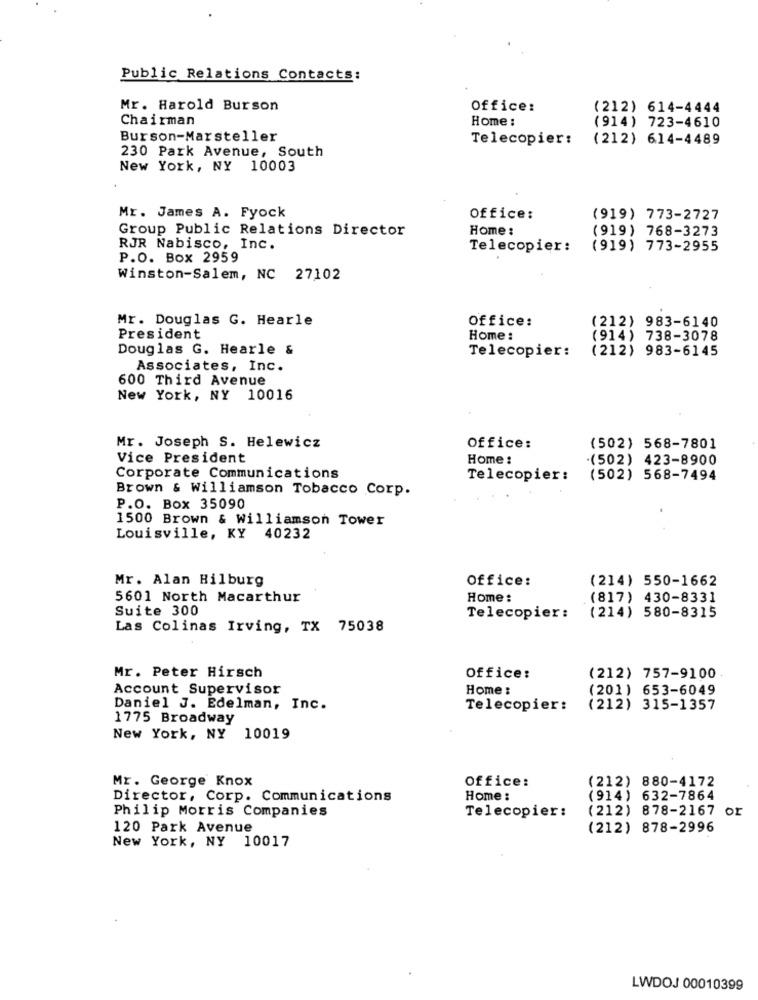
Public Relations Contacts:
Mr. Harold Burson
Office:
(212) 614-4444
Chairman
Home :
(914) 723-4610
Burson-Marsteller
Telecopier:
(212) 614-4489
230 Park Avenue, South
New York, NY 10003
Mr. James A. Fyock
Office:
(919) 773-2727
Group Public Relations Director
Home :
(919) 768-3273
RJR Nabisco, Inc.
Telecopier:
(919) 773-2955
P.O. Box 2959
Winston-Salem, NC 27102
Mr. Douglas G. Hearle
Office:
(212) 983-6140
President
Home :
(914) 738-3078
Douglas G. Hearle &
Telecopier:
(212) 983-6145
Associates, Inc.
600 Third Avenue
New York, NY 10016
Mr. Joseph S. Helewicz
Office:
(502) 568-7801
Vice President
Home
.(502) 423-8900
Corporate Communications
Telecopier:
(502) 568-7494
Brown & Williamson Tobacco Corp.
P.O. Box 35090
1500 Brown & Williamson Tower
Louisville, KY 40232
Mr. Alan Hilburg
Office:
(214) 550-1662
5601 North Macarthur
Home:
(817) 430-8331
Suite 300
(214) 580-8315
Telecopier:
Las Colinas Irving, TX 75038
Mr. Peter Hirsch
Office:
(212) 757-9100
Account Supervisor
Home :
(201) 653-6049
Daniel J. Edelman, Inc.
Telecopier:
(212) 315-1357
1775 Broadway
New York, NY 10019
Mr. George Knox
Office:
(212) 880-4172
Director, Corp. Communications
Home:
(914) 632-7864
Philip Morris Companies
(212) 878-2167 or
Telecopier:
120 Park Avenue
(212) 878-2996
New York, NY 10017
LWDOJ 00010399